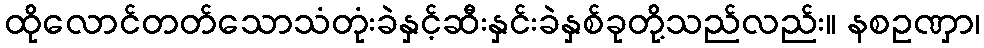
ထိုလောင်တတ်သောသံတုံးခဲနှင့်ဆီးနှင်းခဲနှစ်ခုတို့သည်လည်း။ နစဥဏှာ၊